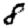
Digit: 8